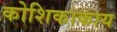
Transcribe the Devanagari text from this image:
कोशिकाकाय